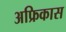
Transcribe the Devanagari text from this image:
अफ्रिकास